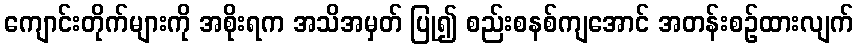
ကျောင်းတိုက်များကို အစိုးရက အသိအမှတ် ပြု၍ စည်းစနစ်ကျအောင် အတန်းစဉ်ထားလျက်